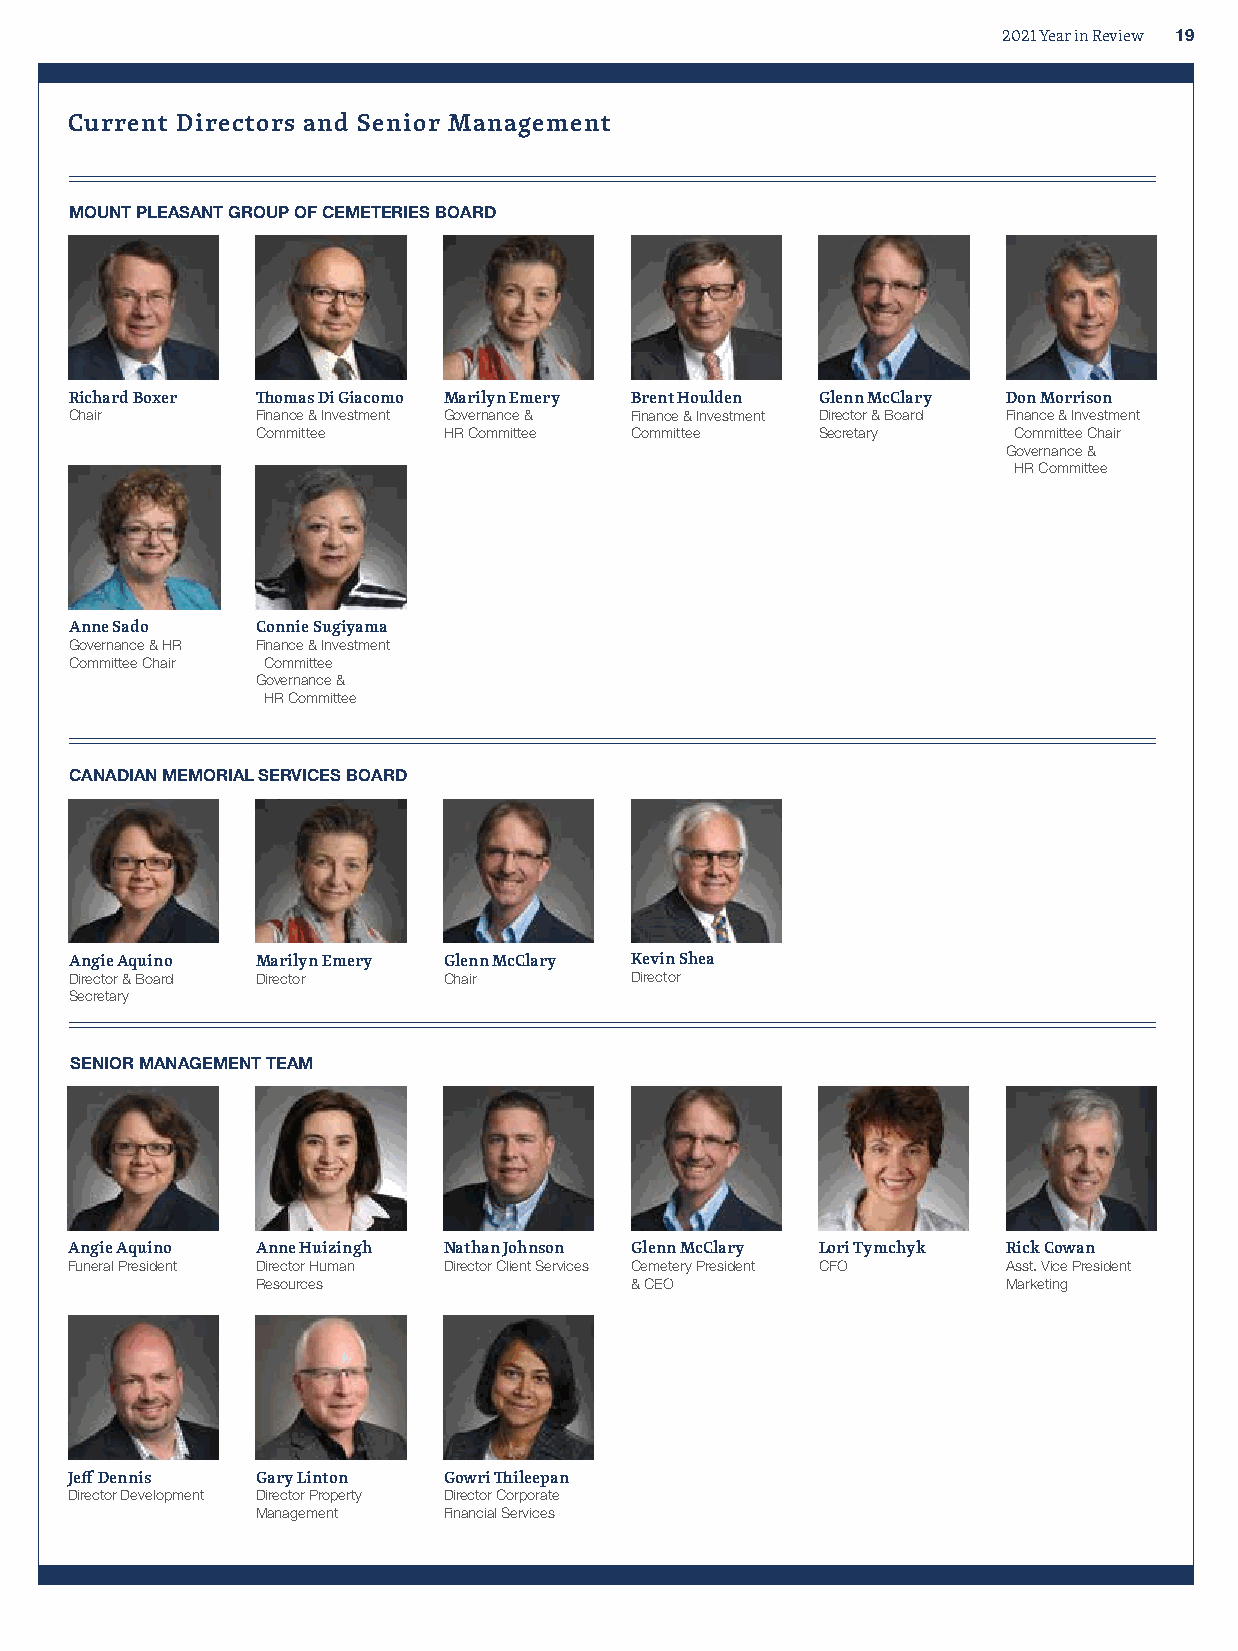
2021 Year in Review 19
 Current Directors and Senior Management
 MOUNT PLEASANT GROUP OF CEMETERIES BOARD
 Richard Boxer Thomas Di Giacomo Marilyn Emery Brent Houlden Glenn McClary Don Morrison
 Chair       Finance & Investment Governance & Finance & Investment Director & Board Finance & Investment
 Committee   HR Committee Committee   Secretary    Committee Chair
 Governance &
 HR Committee
 Anne Sado   Connie Sugiyama
 Governance & HR Finance & Investment
 Committee Chair Committee
 Governance &
 HR Committee
 CANADIAN MEMORIAL SERVICES BOARD
 Angie Aquino Marilyn Emery Glenn McClary Kevin Shea
 Director & Board Director Chair      Director
 Secretary
 SENIOR MANAGEMENT TEAM
 Angie Aquino Anne Huizingh Nathan Johnson Glenn McClary Lori Tymchyk Rick Cowan
 Funeral President Director Human Director Client Services Cemetery President CFO Asst. Vice President
 Resources                & CEO                    Marketing
 Jeff Dennis Gary Linton Gowri Thileepan
 Director Development Director Property Director Corporate
 Management  Financial Services